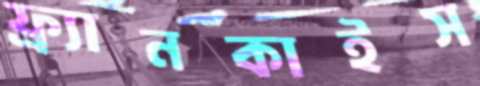
ফ্র্যানকাইস